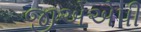
જીએએપી